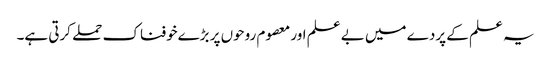
یہ علم کے پردے میں بے علم اور معصوم روحوں پر بڑےخوفناک حملے کرتی ہے۔